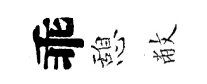
乖憩敝